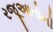
રજૂઆતોની